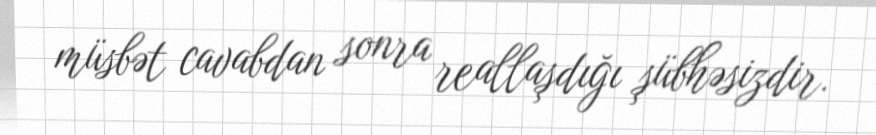
müsbət cavabdan sonra reallaşdığı şübhəsizdir.